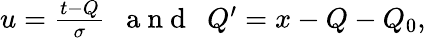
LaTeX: \begin{array}{r}{u=\frac{t-Q}{\sigma}\ \ \mathrm{~a~n~d~}\ \ Q^{\prime}=x-Q-Q_{0},}\end{array}